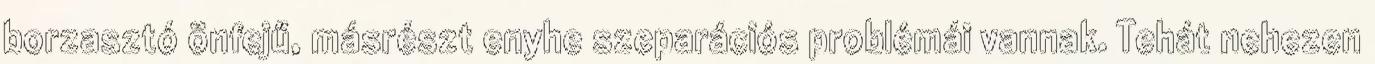
borzasztó önfejű, másrészt enyhe szeparációs problémái vannak. Tehát nehezen